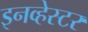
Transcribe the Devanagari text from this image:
इनव्हेस्टर